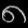
Digit: ၈